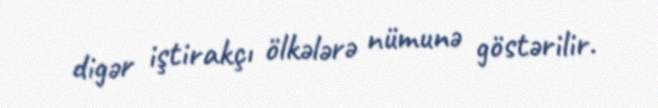
digər iştirakçı ölkələrə nümunə göstərilir.